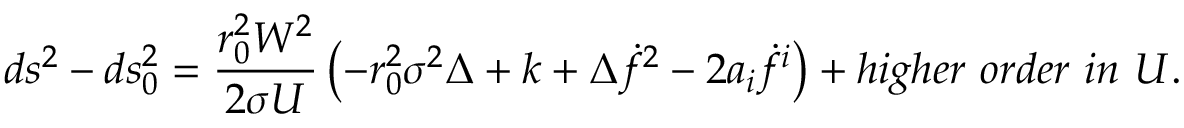
d s ^ { 2 } - d s _ { 0 } ^ { 2 } = { \frac { r _ { 0 } ^ { 2 } W ^ { 2 } } { 2 \sigma U } } \left( - r _ { 0 } ^ { 2 } \sigma ^ { 2 } \Delta + k + \Delta \dot { f } ^ { 2 } - 2 a _ { i } \dot { f } ^ { i } \right) + h i g h e r \ o r d e r \ i n \ U .